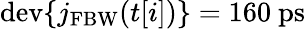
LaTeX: \mathrm{dev}\{ j_{\mathrm{FBW}}(t[i])\} =160~\mathrm{ps}